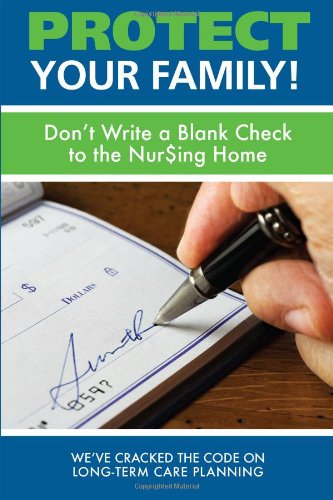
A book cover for Protect Your Family!: Don't Write a Blank Check to the Nursing Home; Michelle Beneski; Health, Fitness & Dieting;